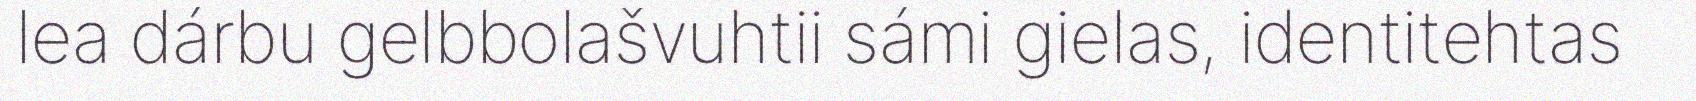
lea dárbu gelbbolašvuhtii sámi gielas, identitehtas